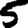
Digit: 5